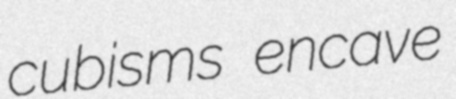
cubisms encave